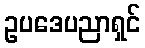
ဥပဒေပညာရှင်